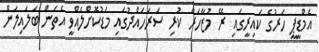
އެމްޑީޕީ ހަރުގެ ކައިރީގައި ރޭ މުޒާހަރާ ކުރި ސަރަހައްދުގައި މަޑުކޮށްލެއްވީ އެތަން ބަލައިލަން